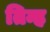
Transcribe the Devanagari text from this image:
तिन्ह